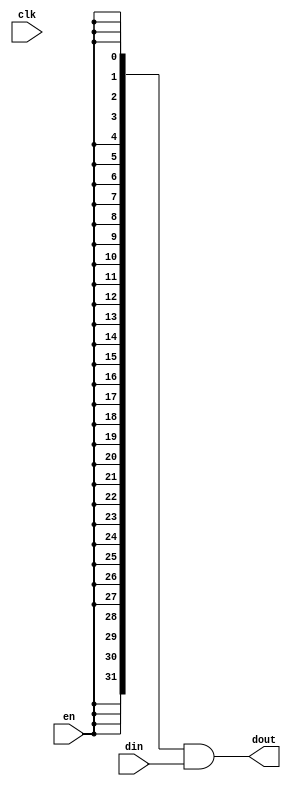
module oh_datagate #(parameter DW   = 32, // width of data inputs
		     parameter PS   = 3   // min quiet time before shutdown
		     )
   ( 
     input 	     clk, // clock
     input 	     en,  // data valid
     input [DW-1:0]  din, // data input
     output [DW-1:0] dout // data output    
     );
   
 	  	 
   reg [PS-1:0]    enable_pipe;   
   wire 	   enable;
   
   always @ (posedge clk)
     enable_pipe[PS-1:0] <= {enable_pipe[PS-2:0],en};
   
   assign enable = {enable_pipe[PS-1:0],en};

   assign dout[DW-1:0] =  {(DW){enable}} & din[DW-1:0];
  
endmodule